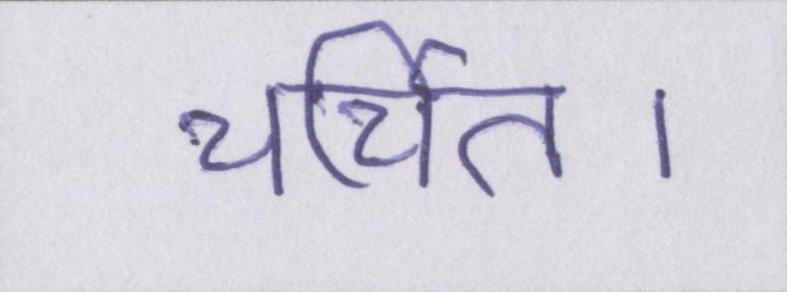
चर्चित।